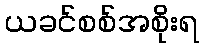
ယခင်စစ်အစိုးရ